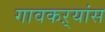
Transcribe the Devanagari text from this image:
गावकऱ्यांस